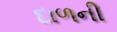
દાળની